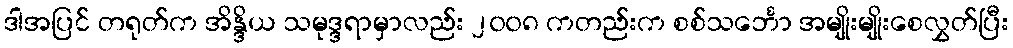
ဒါအပြင် တရုတ်က အိန္ဒိယ သမုဒ္ဒရာမှာလည်း ၂၀၀၈ ကတည်းက စစ်သင်္ဘော အမျိုးမျိုးစေလွှတ်ပြီး